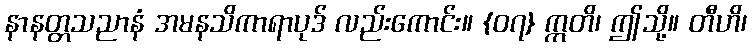
နာနတ္တသညာနံ အမနသိကာရာပုဒ် လည်းကောင်း။ {၀၇} ဣတိ၊ ဤသို့။ တီဟိ၊